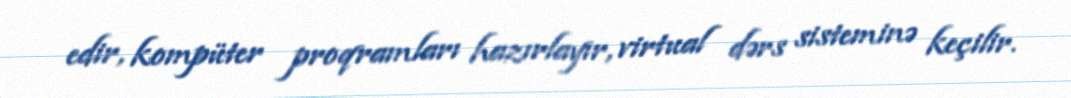
edir, kompüter proqramları hazırlayır, virtual dərs sisteminə keçilir.